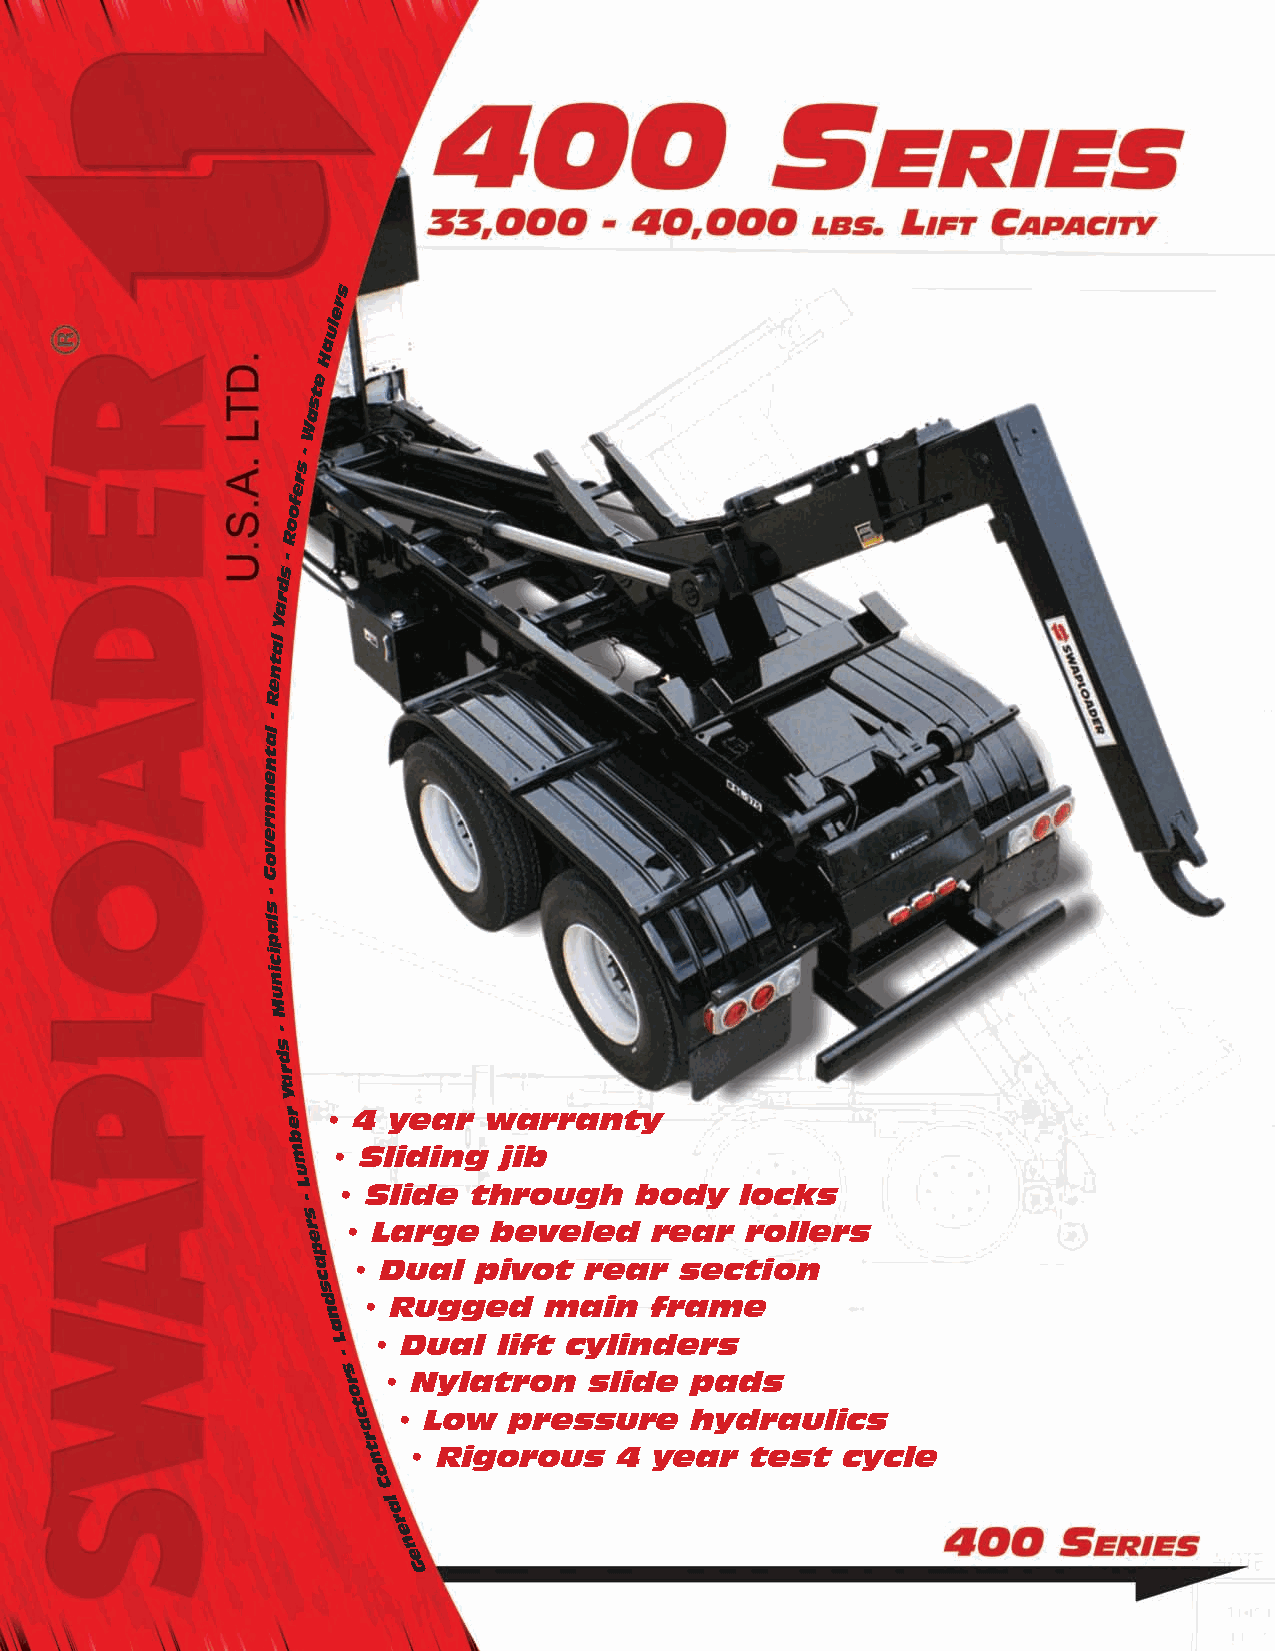
s
 r
 e
 l
 u
 a
 H
 e
 t
 s
 a
 W
 -
 s
 r
 e
 f
 o
 o
 R
 -
 s
 d
 r
 a
 Y
 l
 a
 t
 n
 e
 R
 -
 l
 a
 t
 n
 e
 m
 n
 r
 e
 v
 o
 G
 -
 s
 l
 a
 p
 i
 c
 i
 n
 u
 M
 -
 s
 d
 r
 a
 Y
 r  • 4 year  warranty
 e
 b
 m  • Sliding  jib
 u
 L
 • Slide  through    body   locks
 -
 s
 r  • Large   beveled   rear  rollers
 e
 p
 a • Dual   pivot  rear  section
 c
 s
 d  • Rugged    main   frame
 n
 a
 L  • Dual  lift cylinders
 -
 s
 r • Nylatron    slide  pads
 o
 t
 c  • Low   pressure    hydraulics
 a
 r
 t n • Rigorous   4 year   test  cycle
 o
 C
 la
 r
 e
 n
 e
 G